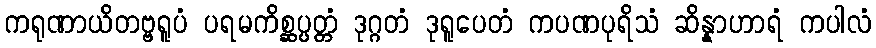
ကရုဏာယိတဗ္ဗရူပံ ပရမကိစ္ဆပ္ပတ္တံ ဒုဂ္ဂတံ ဒုရူပေတံ ကပဏပုရိသံ ဆိန္နာဟာရံ ကပါလံ